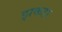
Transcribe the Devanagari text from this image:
झकडा